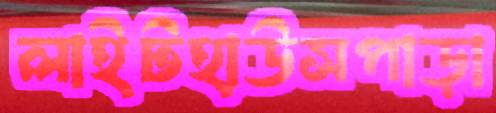
লাইটহাউসপাড়া